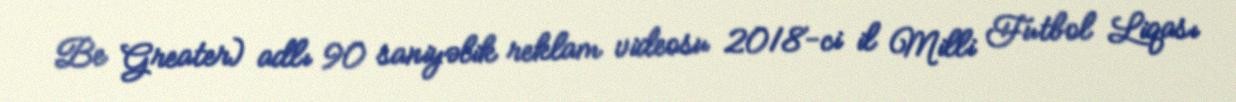
Be Greater) adlı 90 saniyəlik reklam videosu 2018-ci il Milli Futbol Liqası